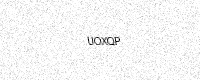
Text: UOXQP